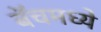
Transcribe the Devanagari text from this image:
बॅचमध्ये